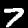
Label: 7